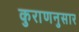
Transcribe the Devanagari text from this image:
कुराणनुसार